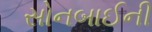
સોનબાઈની